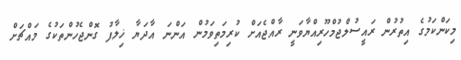
މިކަންކަމުގެ އިތުރުން ރައީސުލްޖުމްހޫރިއްޔާވަނީ ރާއްޖެއަށް ކުރިމަތިވަމުން އަންނަ އާދަޔާ ޚިލާފު ގޮންޖެހުންތަކުގެ މައްޗަށް